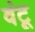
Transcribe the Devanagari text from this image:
वंटू